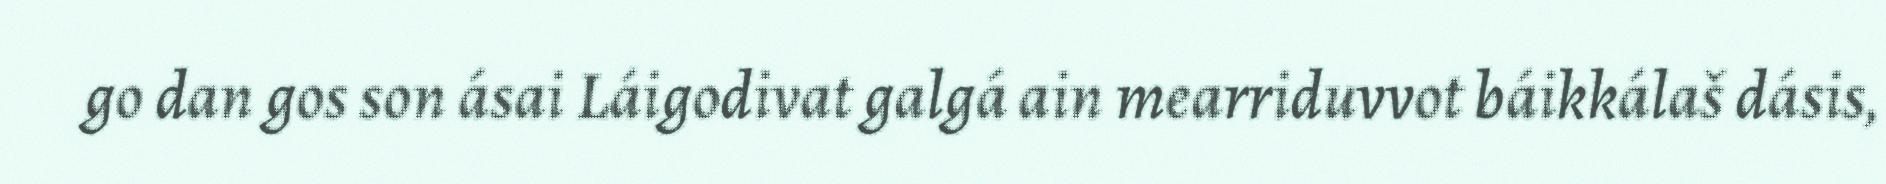
go dan gos son ásai Láigodivat galgá ain mearriduvvot báikkálaš dásis,